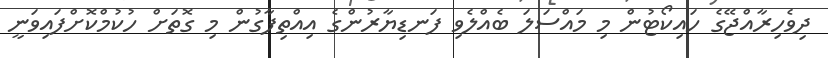
ދިވެހިރާއްޖޭގެ ހައިކޯޓުން މި މައްސަލަ ބެއްލެވި ފަނޑިޔާރުންގެ އިއްތިފާގުން މި ގޮތަށް ހުކުމްކޮށްފައިވަނީ